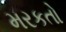
મરકતો